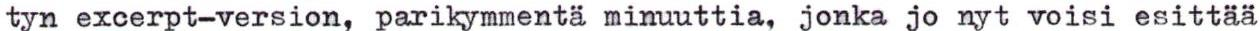
tyn excerpt-version, parikymmentä minuuttia, jonka jo nyt voisi esittää